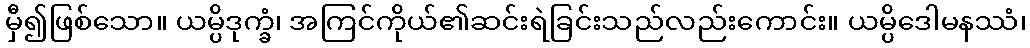
မှီ၍ဖြစ်သော။ ယမ္ပိဒုက္ခံ၊ အကြင်ကိုယ်၏ဆင်းရဲခြင်းသည်လည်းကောင်း။ ယမ္ပိဒေါမနဿံ၊